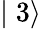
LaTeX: \mid 3\rangle